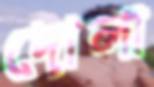
দোলা